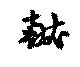
献